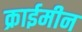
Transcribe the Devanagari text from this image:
क्राईमीन